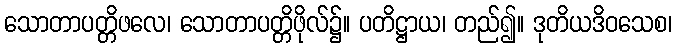
သောတာပတ္တိဖလေ၊ သောတာပတ္တိဖိုလ်၌။ ပတိဋ္ဌာယ၊ တည်၍။ ဒုတိယဒိဝသေစ၊